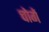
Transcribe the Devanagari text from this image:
चोगें